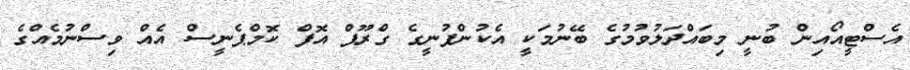
އެސްޓީއޯއިން ބުނީ މިބައްދަލުވުމުގެ ބޭނުމަކީ އެކުންފުނީގެ ގްރޫޕް އޮފް ކޮމްޕެނީސް އެއް ވިސްނުމެއްގެ